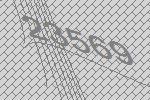
23569